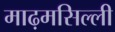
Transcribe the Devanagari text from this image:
माढ़मसिल्ली